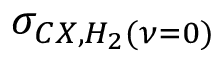
\sigma _ { C X , H _ { 2 } ( \nu = 0 ) }